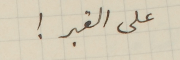
على القبر!